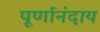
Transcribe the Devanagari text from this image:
पूर्णानंदाय